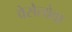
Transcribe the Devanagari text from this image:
वेसेलोवा